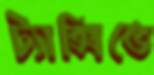
ট্যাক্সিতে